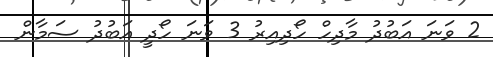
2 ވަނަ އަބުދު މާދިހް ހޯދިއިރު 3 ވަނަ ހޯދީ އަބުދު ސަމާން